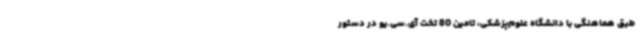
طبق هماهنگی با دانشگاه علوم‌پزشکی، تامین 80 تخت آی.سی.یو در دستور